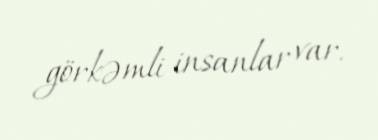
görkəmli insanlar var.